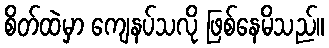
စိတ်ထဲမှာ ကျေနပ်သလို ဖြစ်နေမိသည်။